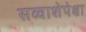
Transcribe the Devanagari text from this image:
सव्‍वाशेपेक्षा